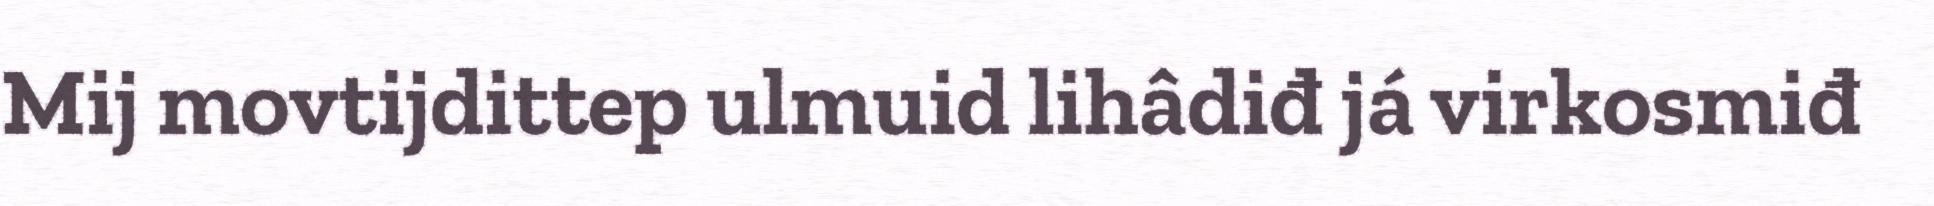
Mij movtijdittep ulmuid lihâdiđ já virkosmiđ